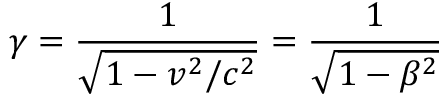
\gamma = { \frac { 1 } { \sqrt { 1 - v ^ { 2 } / c ^ { 2 } } } } = { \frac { 1 } { \sqrt { 1 - \beta ^ { 2 } } } }